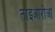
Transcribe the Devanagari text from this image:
ताइआरोआ